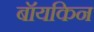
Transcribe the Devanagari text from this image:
बॉयकिन